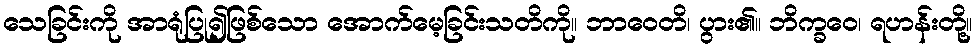
သေခြင်းကို အာရုံပြု၍ဖြစ်သော အောက်မေ့ခြင်းသတိကို။ ဘာဝေတိ၊ ပွား၏။ ဘိက္ခဝေ၊ ရဟန်းတို့။